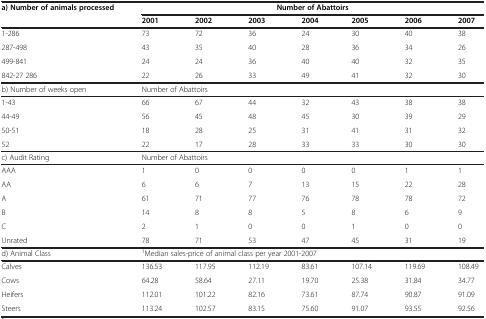
<table><thead><tr><td><b>a) Number of animals processed</b></td><td colspan="7"><b>Number of Abattoirs</b></td></tr><tr><td><b> </b></td><td><b>2001</b></td><td><b>2002</b></td><td><b>2003</b></td><td><b>2004</b></td><td><b>2005</b></td><td><b>2006</b></td><td><b>2007</b></td></tr></thead><tbody><tr><td>1-286</td><td>73</td><td>72</td><td>36</td><td>24</td><td>30</td><td>40</td><td>38</td></tr><tr><td>287-498</td><td>43</td><td>35</td><td>40</td><td>28</td><td>36</td><td>34</td><td>26</td></tr><tr><td>499-841</td><td>24</td><td>24</td><td>36</td><td>40</td><td>40</td><td>32</td><td>35</td></tr><tr><td>842-27 286</td><td>22</td><td>26</td><td>33</td><td>49</td><td>41</td><td>32</td><td>30</td></tr><tr><td>b) Number of weeks open</td><td colspan="7">Number of Abattoirs</td></tr><tr><td>1-43</td><td>66</td><td>67</td><td>44</td><td>32</td><td>43</td><td>38</td><td>38</td></tr><tr><td>44-49</td><td>56</td><td>45</td><td>48</td><td>45</td><td>30</td><td>39</td><td>29</td></tr><tr><td>50-51</td><td>18</td><td>28</td><td>25</td><td>31</td><td>41</td><td>31</td><td>32</td></tr><tr><td>52</td><td>22</td><td>17</td><td>28</td><td>33</td><td>33</td><td>30</td><td>30</td></tr><tr><td>c) Audit Rating</td><td colspan="7">Number of Abattoirs</td></tr><tr><td>AAA</td><td>1</td><td>0</td><td>0</td><td>0</td><td>0</td><td>1</td><td>1</td></tr><tr><td>AA</td><td>6</td><td>6</td><td>7</td><td>13</td><td>15</td><td>22</td><td>28</td></tr><tr><td>A</td><td>61</td><td>71</td><td>77</td><td>76</td><td>78</td><td>78</td><td>72</td></tr><tr><td>B</td><td>14</td><td>8</td><td>8</td><td>5</td><td>8</td><td>6</td><td>9</td></tr><tr><td>C</td><td>2</td><td>1</td><td>0</td><td>0</td><td>1</td><td>0</td><td>0</td></tr><tr><td>Unrated</td><td>78</td><td>71</td><td>53</td><td>47</td><td>45</td><td>31</td><td>19</td></tr><tr><td>d) Animal Class</td><td colspan="7"><sup>1</sup>Median sales-price of animal class per year 2001-2007</td></tr><tr><td>Calves</td><td>136.53</td><td>117.95</td><td>112.19</td><td>83.61</td><td>107.14</td><td>119.69</td><td>108.49</td></tr><tr><td>Cows</td><td>64.28</td><td>58.64</td><td>27.11</td><td>19.70</td><td>25.38</td><td>31.84</td><td>34.77</td></tr><tr><td>Heifers</td><td>112.01</td><td>101.22</td><td>82.16</td><td>73.61</td><td>87.74</td><td>90.87</td><td>91.09</td></tr><tr><td>Steers</td><td>113.24</td><td>102.57</td><td>83.15</td><td>75.60</td><td>91.07</td><td>93.55</td><td>92.56</td></tr></tbody></table>